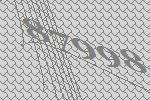
87998